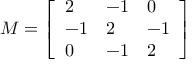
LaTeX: M = { \left[ \begin{array} { l l l } { 2 } & { - 1 } & { 0 } \\ { - 1 } & { 2 } & { - 1 } \\ { 0 } & { - 1 } & { 2 } \end{array} \right] }